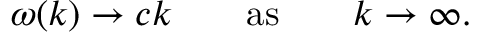
\omega ( k ) \to c k \qquad \mathrm { a s } \qquad k \to \infty .